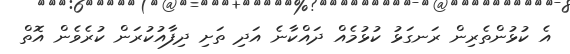
އެ ކުޅުންތެރިން ރަނގަޅު ކުޅުމެއް ދައްކާނެ އަދި ތަށި ދިފާއުކުރަން ކުރެވެން އޮތް